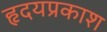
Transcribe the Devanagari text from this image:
हृदयप्रकाश